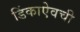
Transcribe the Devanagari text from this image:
डिंकाऐवची